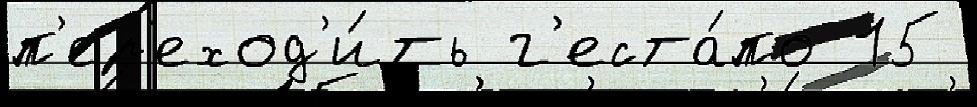
п'ер'еход'и́ть г'еста́по 15